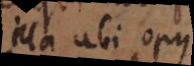
lla ubi opus